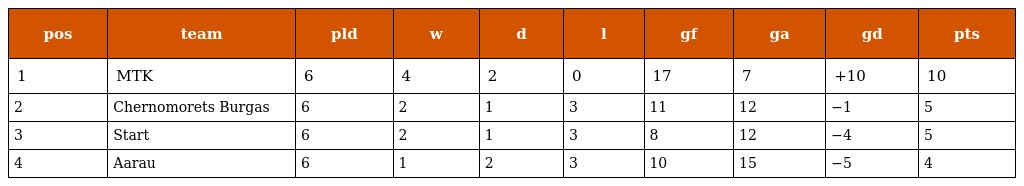
| pos | team | pld | w | d | l | gf | ga | gd | pts |
 | --- | --- | --- | --- | --- | --- | --- | --- | --- | --- |
 | 1 | MTK | 6 | 4 | 2 | 0 | 17 | 7 | +10 | 10 |
 | 2 | Chernomorets Burgas | 6 | 2 | 1 | 3 | 11 | 12 | −1 | 5 |
 | 3 | Start | 6 | 2 | 1 | 3 | 8 | 12 | −4 | 5 |
 | 4 | Aarau | 6 | 1 | 2 | 3 | 10 | 15 | −5 | 4 |